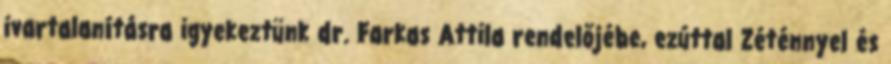
ivartalanításra igyekeztünk dr. Farkas Attila rendelőjébe, ezúttal Zéténnyel és